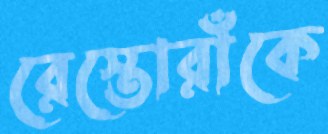
রেস্তোরাঁকে